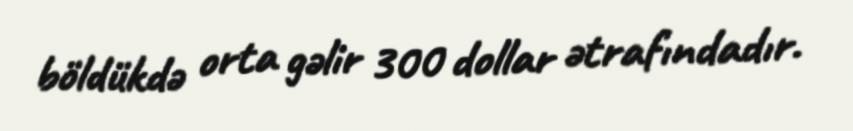
böldükdə orta gəlir 300 dollar ətrafındadır.